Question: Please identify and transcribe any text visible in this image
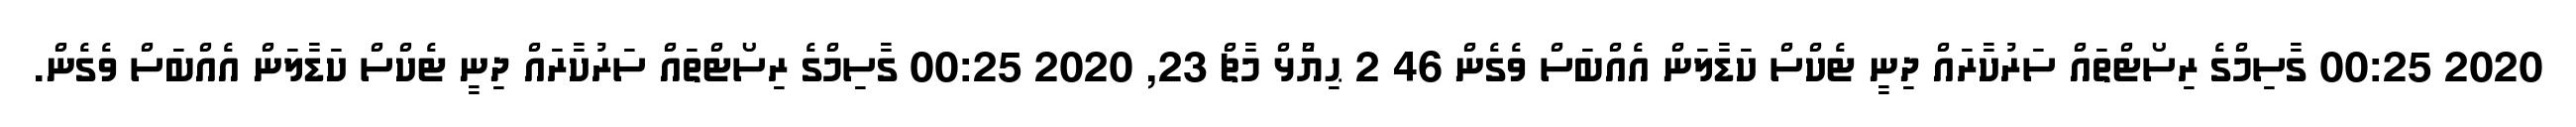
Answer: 2020 00:25 ގާސިމްގެ ރިސޯޓްތައް ސަރުކާރައް ދިނީ ޓެކްސް ކަޑާލަން އެއްބަސް ވެގެން 46 2 ޙިޔާާްްޅް މާޗް 23, 2020 00:25 ގާސިމްގެ ރިސޯޓްތައް ސަރުކާރައް ދިނީ ޓެކްސް ކަޑާލަން އެއްބަސް ވެގެން.